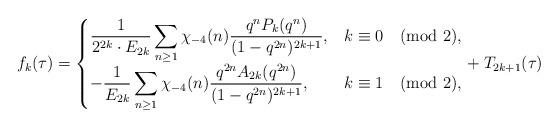
LaTeX: \begin{align*}f_k(\tau)=\begin{cases}\dfrac{1}{2^{2k}\cdot E_{2k}}\displaystyle\sum_{n\geq 1}\chi_{-4}(n)\dfrac{q^{n}P_{k}(q^{n})}{(1-q^{2n})^{2k+1}},&k\equiv 0\pmod{2},\\-\dfrac{1}{E_{2k}}\displaystyle\sum_{n\geq 1}\chi_{-4}(n)\dfrac{q^{2n} A_{2k}(q^{2n})}{(1-q^{2n})^{2k+1}},&k\equiv 1\pmod{2}, \end{cases}+T_{2k+1}(\tau) \end{align*}